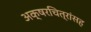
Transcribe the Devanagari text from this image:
अक्षरचित्रांसह